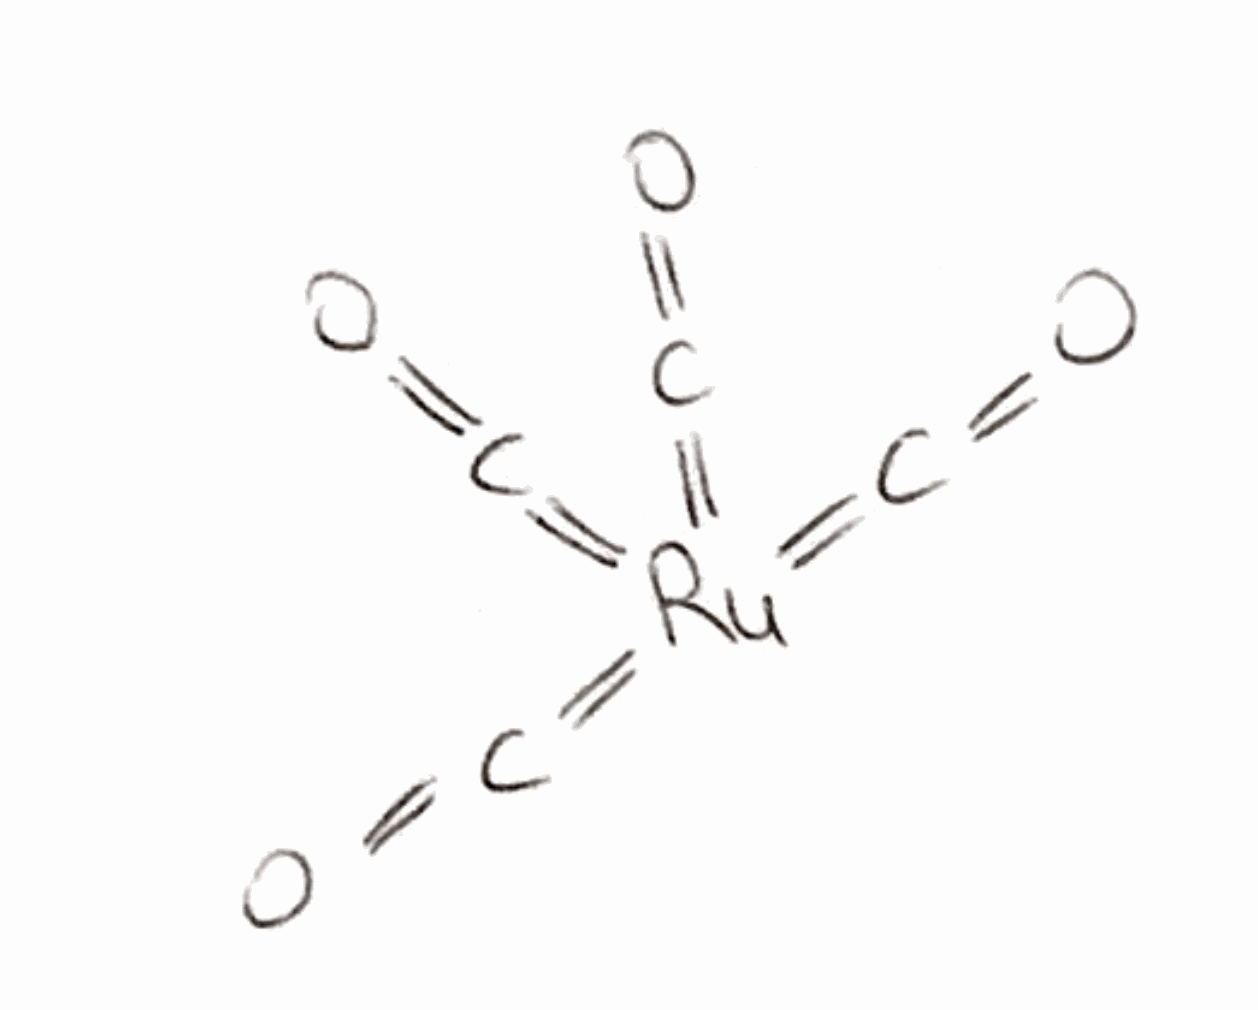
Simplified molecular-input line-entry system (SMILES) notation of the given molecule:
C(=O)=[Ru](=C=O)(=C=O)=C=O